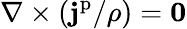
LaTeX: \nabla\times(\mathbf{j}^{\mathrm{p}}/\rho)=\mathbf{0}